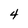
Character: 4